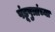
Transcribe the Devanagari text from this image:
पंडूपुत्रांच्या